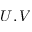
U , V